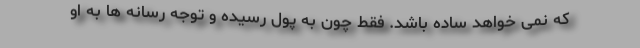
که نمی خواهد ساده باشد. فقط چون به پول رسیده و توجه رسانه ها به او